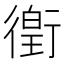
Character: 𫋯